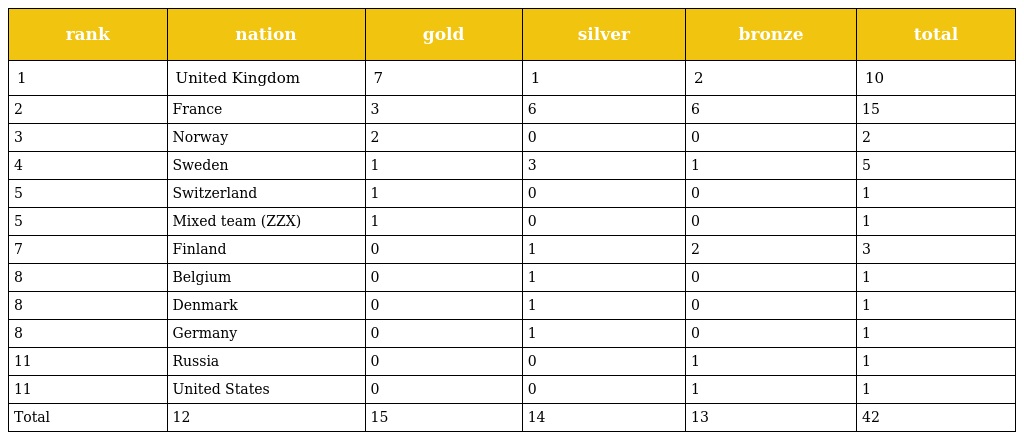
| rank | nation | gold | silver | bronze | total |
 | --- | --- | --- | --- | --- | --- |
 | 1 | United Kingdom | 7 | 1 | 2 | 10 |
 | 2 | France | 3 | 6 | 6 | 15 |
 | 3 | Norway | 2 | 0 | 0 | 2 |
 | 4 | Sweden | 1 | 3 | 1 | 5 |
 | 5 | Switzerland | 1 | 0 | 0 | 1 |
 | 5 | Mixed team (ZZX) | 1 | 0 | 0 | 1 |
 | 7 | Finland | 0 | 1 | 2 | 3 |
 | 8 | Belgium | 0 | 1 | 0 | 1 |
 | 8 | Denmark | 0 | 1 | 0 | 1 |
 | 8 | Germany | 0 | 1 | 0 | 1 |
 | 11 | Russia | 0 | 0 | 1 | 1 |
 | 11 | United States | 0 | 0 | 1 | 1 |
 | Total | 12 | 15 | 14 | 13 | 42 |